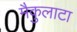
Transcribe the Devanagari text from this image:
मैकुलाटा